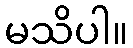
မသိပါ။